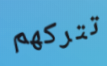
تتركهم